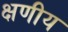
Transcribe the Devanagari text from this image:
क्षणीय